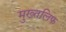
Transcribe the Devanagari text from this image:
मुख्तलिफ